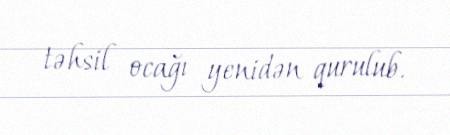
təhsil ocağı yenidən qurulub.